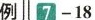
例7-18